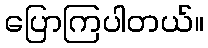
ပြောကြပါတယ်။